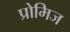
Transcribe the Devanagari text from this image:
प्रोमिज